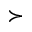
\succ